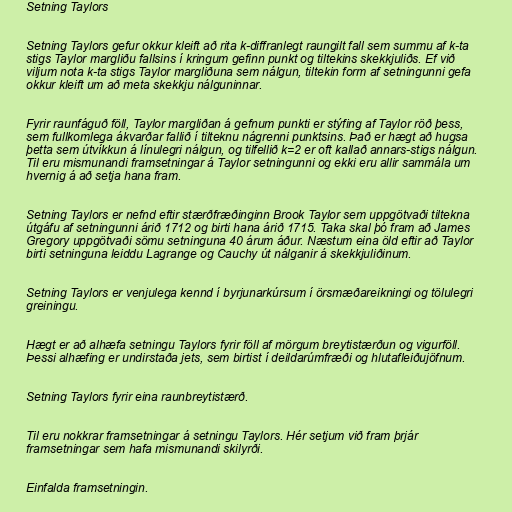
Setning Taylors

Setning Taylors gefur okkur kleift að rita k-diffranlegt raungilt fall sem summu af k-ta
stigs Taylor margliðu fallsins í kringum gefinn punkt og tiltekins skekkjuliðs. Ef við
viljum nota k-ta stigs Taylor margliðuna sem nálgun, tiltekin form af setningunni gefa
okkur kleift um að meta skekkju nálguninnar.

Fyrir raunfáguð föll, Taylor margliðan á gefnum punkti er stýfing af Taylor röð þess,
sem fullkomlega ákvarðar fallið í tilteknu nágrenni punktsins. Það er hægt að hugsa
þetta sem útvíkkun á línulegri nálgun, og tilfellið k=2 er oft kallað annars-stigs nálgun.
Til eru mismunandi framsetningar á Taylor setningunni og ekki eru allir sammála um
hvernig á að setja hana fram.

Setning Taylors er nefnd eftir stærðfræðinginn Brook Taylor sem uppgötvaði tiltekna
útgáfu af setningunni árið 1712 og birti hana árið 1715. Taka skal þó fram að James
Gregory uppgötvaði sömu setninguna 40 árum áður. Næstum eina öld eftir að Taylor
birti setninguna leiddu Lagrange og Cauchy út nálganir á skekkjuliðinum.

Setning Taylors er venjulega kennd í byrjunarkúrsum í örsmæðareikningi og tölulegri
greiningu.

Hægt er að alhæfa setningu Taylors fyrir föll af mörgum breytistærðun og vigurföll.
Þessi alhæfing er undirstaða jets, sem birtist í deildarúmfræði og hlutafleiðujöfnum.

Setning Taylors fyrir eina raunbreytistærð.

Til eru nokkrar framsetningar á setningu Taylors. Hér setjum við fram þrjár
framsetningar sem hafa mismunandi skilyrði.

Einfalda framsetningin.